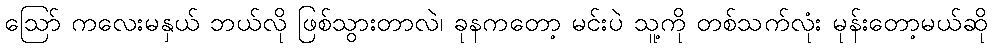
ဩော် ကလေးမနှယ် ဘယ်လို ဖြစ်သွားတာလဲ၊ ခုနကတော့ မင်းပဲ သူ့ကို တစ်သက်လုံး မုန်းတော့မယ်ဆို